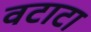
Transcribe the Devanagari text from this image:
वटाटा